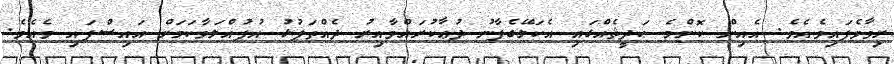
ރިވާވެފައިވެއެވެ. އެއިން ކޮންމެ ޙަދީޘެއްގައި އެކަލޭގެފާނު ދުޢާކުރައްވާއިރު ދެއްތަޕުޅު އުފުއްލަވާކަމަށް އައިސްފައި ވެއެވެ.